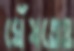
ঘেঁষতেও